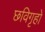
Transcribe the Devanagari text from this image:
छविगृहों